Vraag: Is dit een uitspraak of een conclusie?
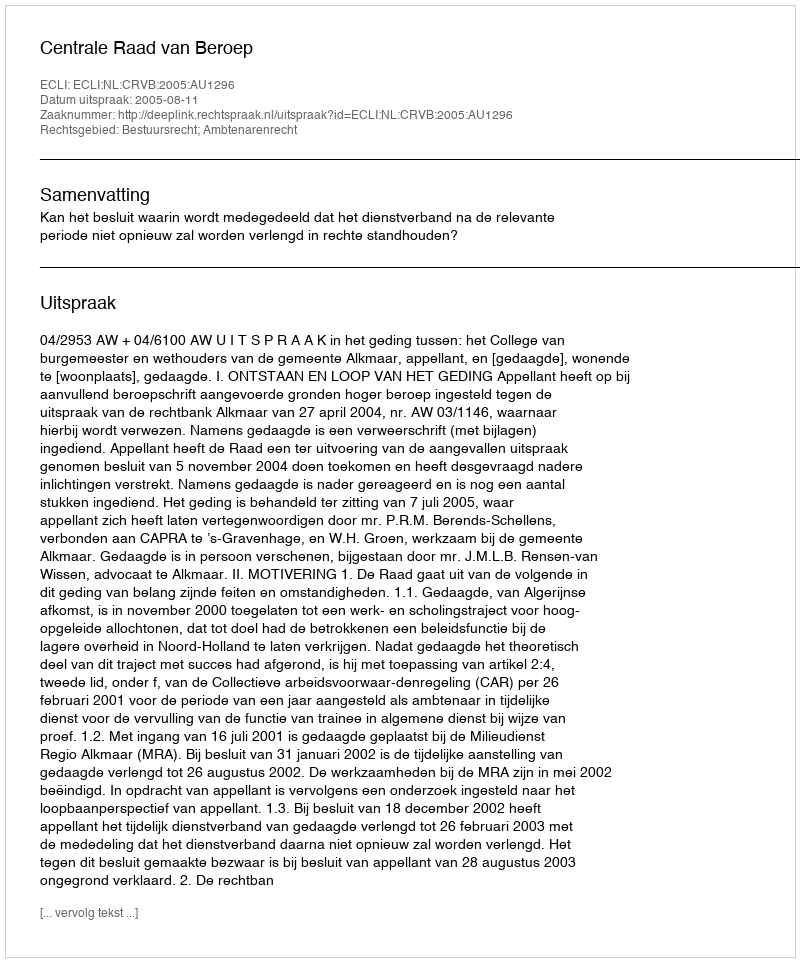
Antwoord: Uitspraak